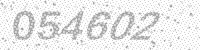
Solution: 054602